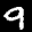
Label: 9